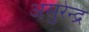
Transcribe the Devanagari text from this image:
असुरेन्द्र